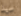
سيد